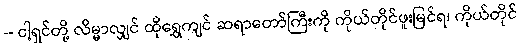
-- ငါ့ရှင်တို့ လိမ္မာလျှင် ထိုရွှေကျင် ဆရာတော်ကြီးကို ကိုယ်တိုင်ဖူးမြင်ရ၊ ကိုယ်တိုင်